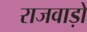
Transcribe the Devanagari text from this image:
राजवाड़ों